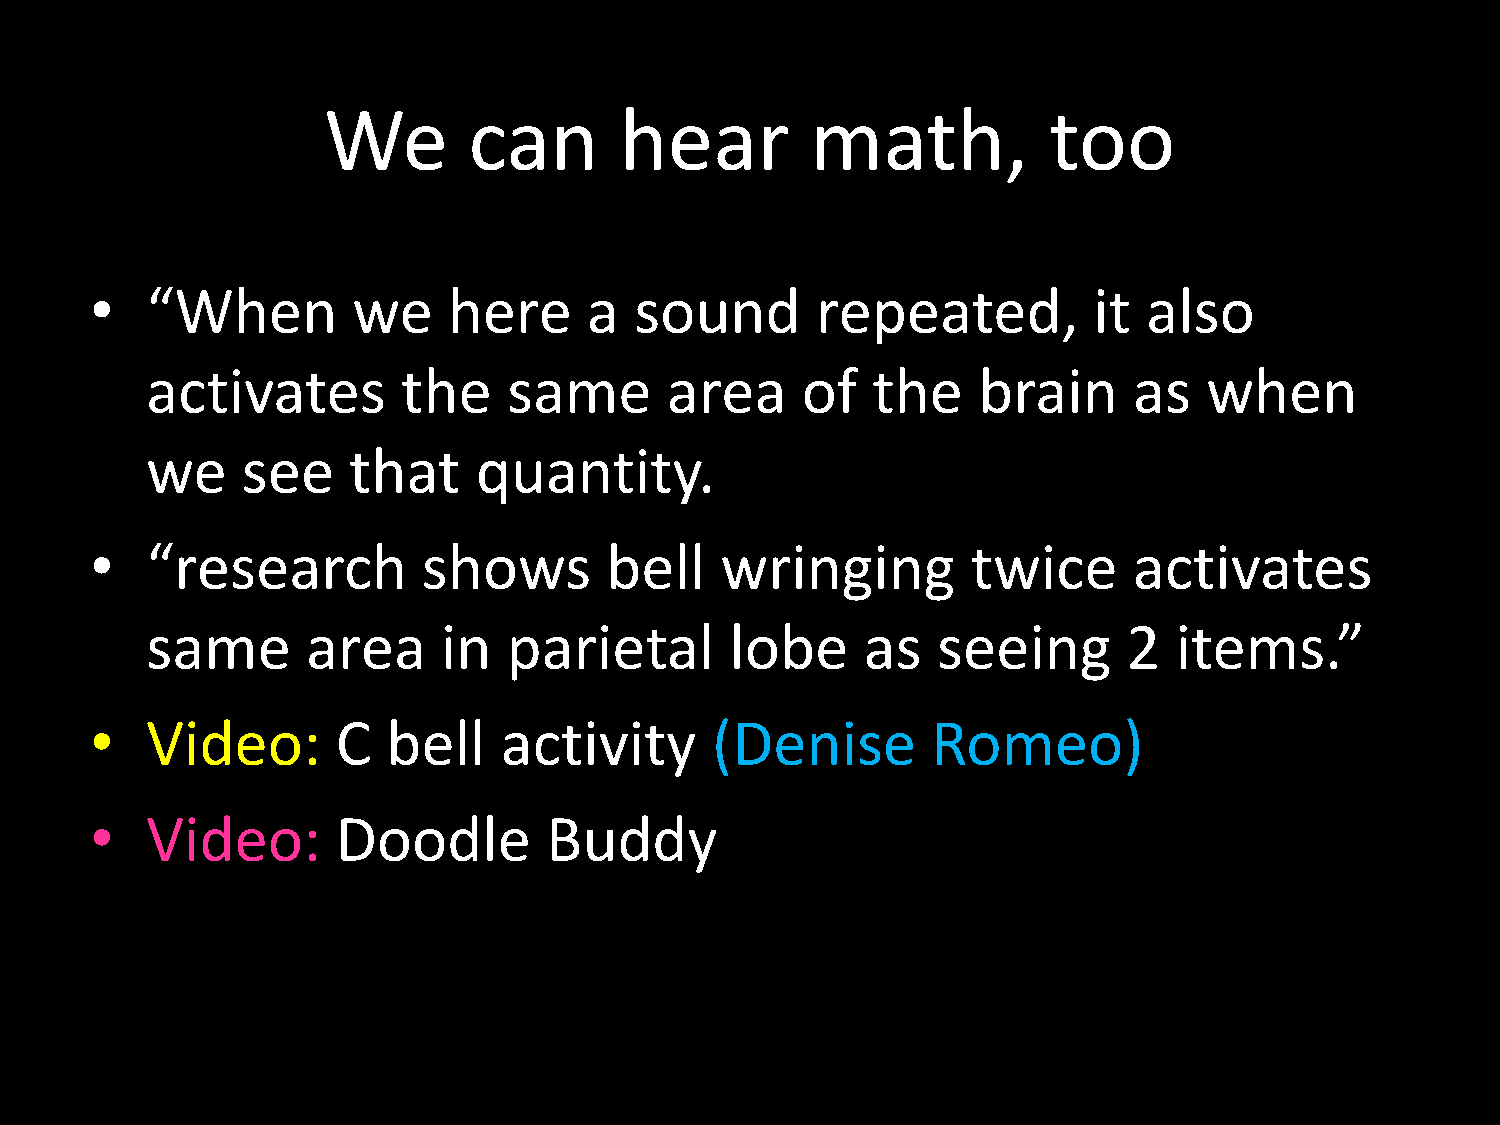
We        can       hear         math,          too
 •   “When        we     here     a  sound       repeated,         it  also
 activates        the    same      area     of   the    brain     as   when
 we    see    that     quantity.
 •   “research         shows       bell    wringing        twice      activates
 same      area     in   parietal      lobe     as   seeing       2  items.”
 Video:      C   bell   activity      (Denise        Romeo)
 •
 Video:      Doodle        Buddy
 •